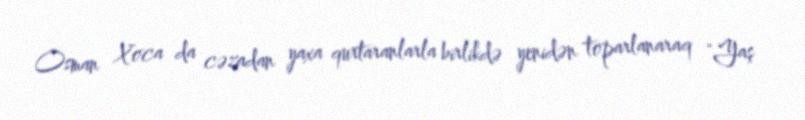
Osman Xoca da cəzadan yaxa qurtaranlarla birlikdə yenidən toparlanaraq "Yaş